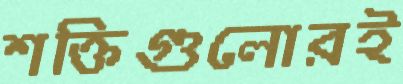
শক্তিগুলোরই